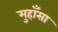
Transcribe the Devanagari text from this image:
मुहाँसा